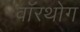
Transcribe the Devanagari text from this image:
वॉरथोग